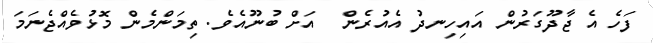
ފަހެ އެ ޖާދޫގަރުން އައިހިނދު އެއުރެން  އަށް ބުނޫއެވެ. ތިމަންމެން މޮޅުވެއްޖެނަމަ